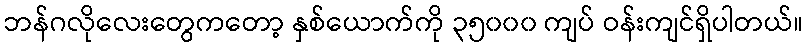
ဘန်ဂလိုလေးတွေကတော့ နှစ်ယောက်ကို ၃၅၀၀၀ ကျပ် ဝန်းကျင်ရှိပါတယ်။